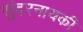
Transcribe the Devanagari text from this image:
सुंदरनायकी